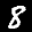
Label: 8